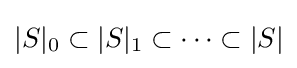
|S|_{0}\subset |S|_{1}\subset \cdots \subset |S|